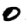
Digit: 0